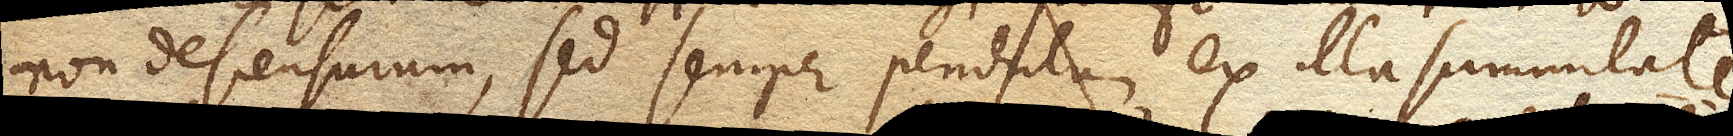
non descensurum, sed semper pendulum ex illa summitate